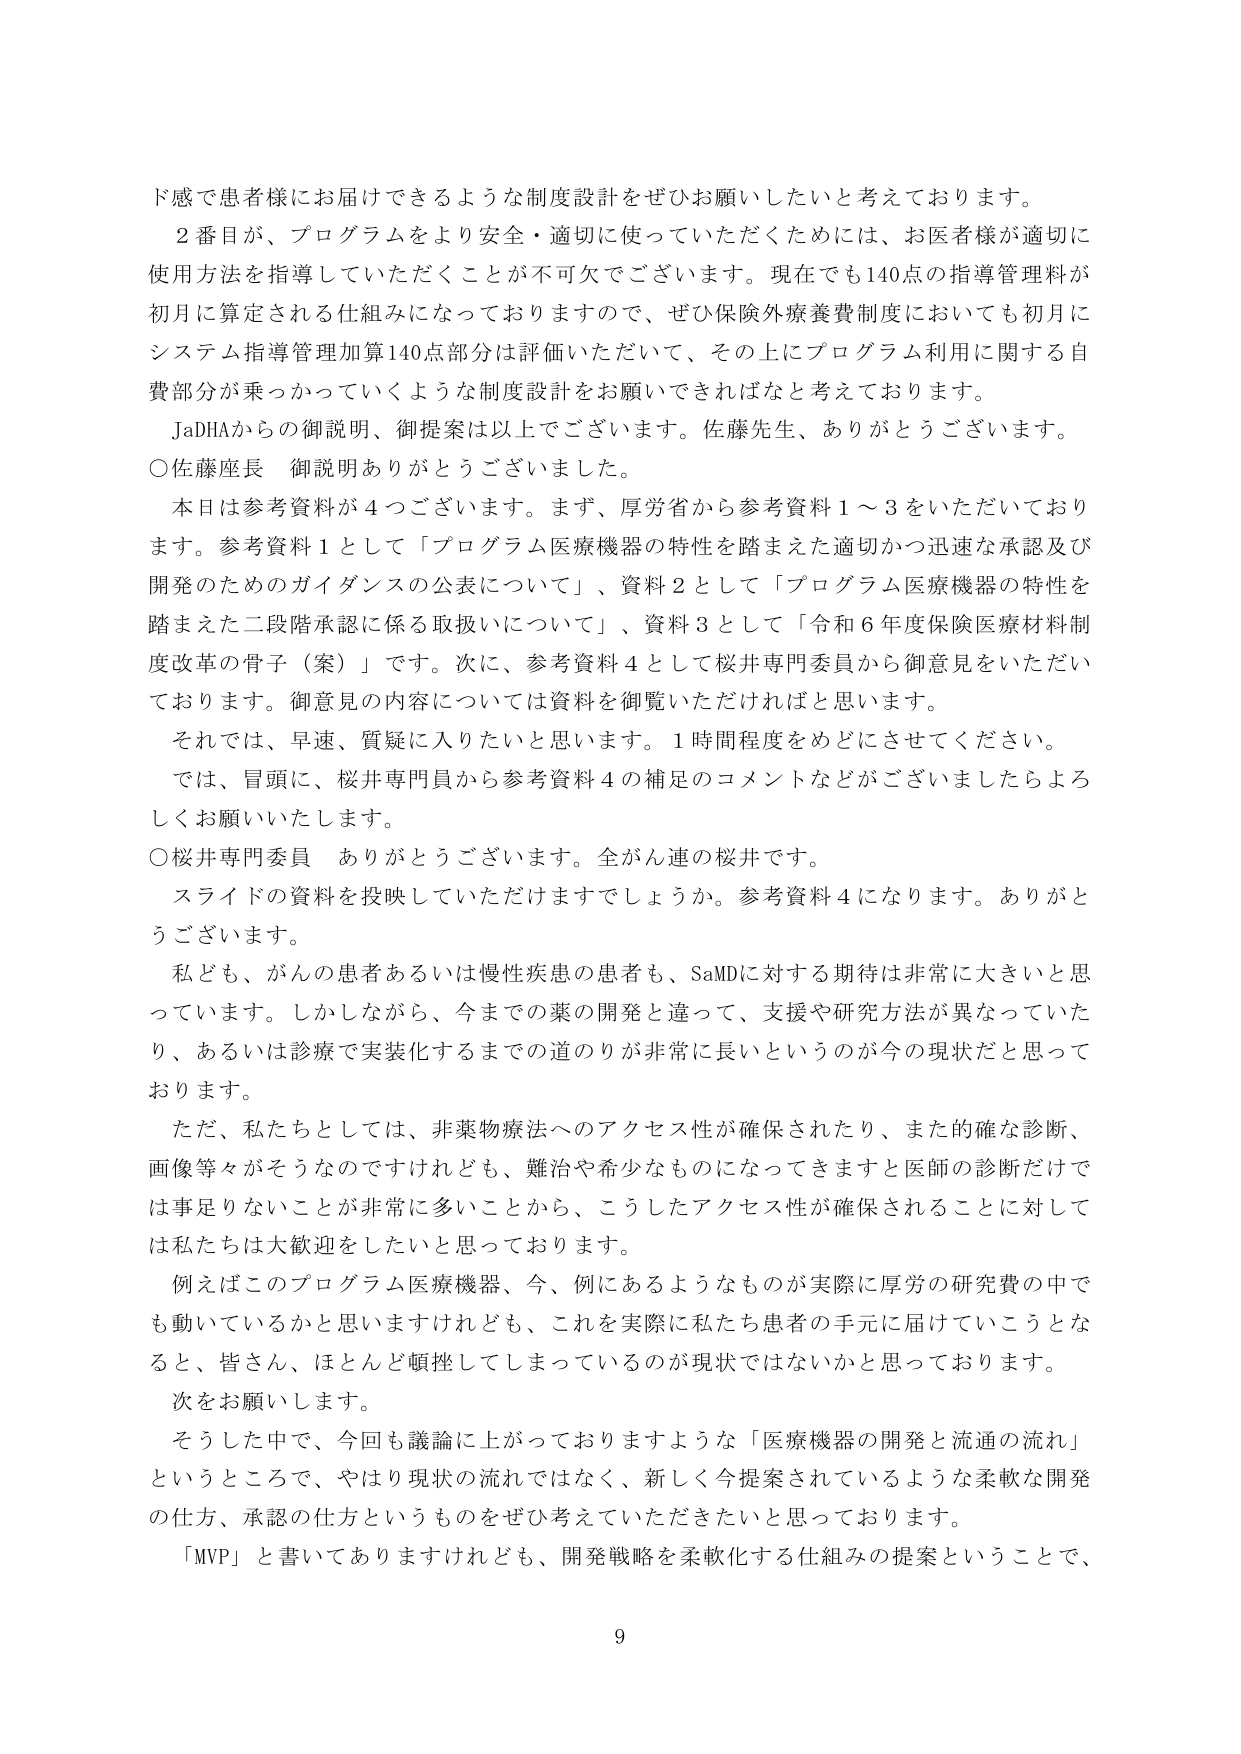
ド感で患者様にお届けできるような制度設計をぜひお願いしたいと考えております。

２番目が、プログラムをより安全・適切に使っていただくためには、お医者様が適切に使用方法を指導していただくことが不可欠でございます。現在でも140点の指導管理料が初月に算定される仕組みになっておりますので、ぜひ保険外療養費制度においても初月にシステム指導管理加算140点部分は評価いただいて、その上にプログラム利用に関する自費部分が乗っかっていくような制度設計をお願いできればなと考えております。

JaDHAからの御説明、御提案は以上でございます。佐藤先生、ありがとうございます。

○佐藤座長 御説明ありがとうございました。

本日は参考資料が４つございます。まず、厚労省から参考資料１～３をいただいております。参考資料１として「プログラム医療機器の特性を踏まえた適切かつ迅速な承認及び開発のためのガイダンスの公表について」、資料２として「プログラム医療機器の特性を踏まえた二段階承認に係る取扱いについて」、資料３として「令和６年度保険医療材料制度改革の骨子（案）」です。次に、参考資料４として桜井専門委員から御意見をいただいております。御意見の内容については資料を御覧いただければと思います。

それでは、早速、質疑に入りたいと思います。１時間程度をめどにさせてください。

では、冒頭に、桜井専門員から参考資料４の補足のコメントなどがございましたらよろしくお願いいたします。

○桜井専門委員 ありがとうございます。全がん連の桜井です。

スライドの資料を投影していただけますでしょうか。参考資料４になります。ありがとうございます。

私ども、がんの患者あるいは慢性疾患の患者も、SaMDに対する期待は非常に大きいと思っています。しかしながら、今までの薬の開発と違って、支援や研究方法が異なっていたり、あるいは診療で実装化するまでの道のりが非常に長いというのが今の現状だと思っております。

ただ、私たちとしては、非薬物療法へのアクセス性が確保されたり、また的確な診断、画像等々がそうなのですけれども、難治や希少なものになってきますと医師の診断だけでは事足りないことが非常に多いことから、こうしたアクセス性が確保されることに対しては私たちは大歓迎をしたいと思っております。

例えばこのプログラム医療機器、今、例にあるようなものが実際に厚労の研究費の中でも動いているかと思いますけれども、これを実際に私たち患者の手元に届けていこうとなると、皆さん、ほとんど頓挫してしまっているのが現状ではないかと思っております。

次をお願いします。

そうした中で、今回も議論に上がっておりますような「医療機器の開発と流通の流れ」というところで、やはり現状の流れではなく、新しく今提案されているような柔軟な開発の仕方、承認の仕方というものをぜひ考えていただきたいと思っております。

「MVP」と書いてありますけれども、開発戦略を柔軟化する仕組みの提案ということで、